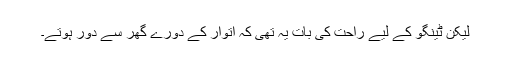
لیکن ٹینگو کے لیے راحت کی بات یہ تھی کہ اتوار کے دورے گھر سے دور ہوتے۔